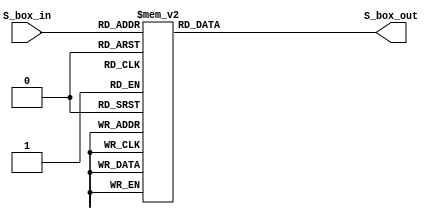

module S_box(
input       [3:0]S_box_in,
output reg	[3:0]S_box_out
);

always @(*) begin
	case(S_box_in)
	4'h0:	S_box_out = 4'hE; 
	4'h1:	S_box_out = 4'h4; 
	4'h2:	S_box_out = 4'hB; 
	4'h3:	S_box_out = 4'h1; 
	4'h4:	S_box_out = 4'h7; 
	4'h5:	S_box_out = 4'h9; 
	4'h6:	S_box_out = 4'hC; 
	4'h7:	S_box_out = 4'hA; 
	4'h8:	S_box_out = 4'hD; 
	4'h9:	S_box_out = 4'h2; 
	4'hA:	S_box_out = 4'h0; 
	4'hB:	S_box_out = 4'hF; 
	4'hC:	S_box_out = 4'h8; 
	4'hD:	S_box_out = 4'h5; 
	4'hE:	S_box_out = 4'h3; 
	4'hF:	S_box_out = 4'h6; 
	endcase
end


endmodule